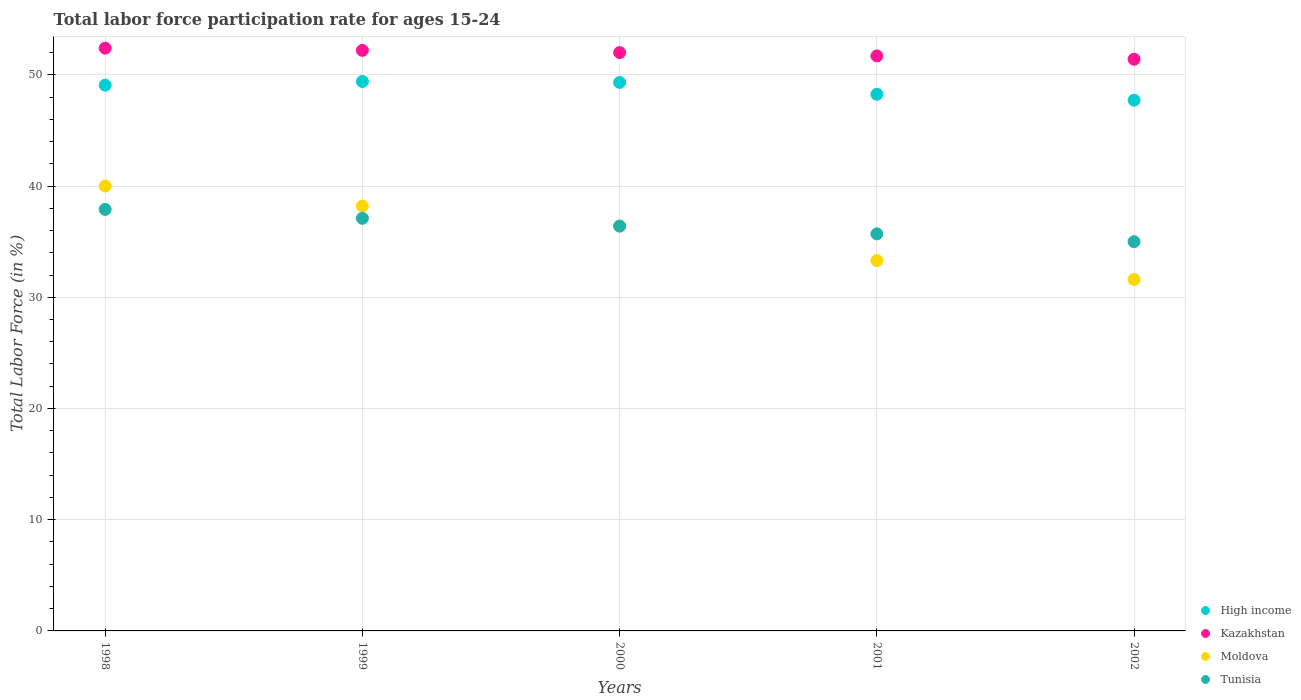
| Years | High income | Kazakhstan | Moldova | Tunisia |
 | --- | --- | --- | --- | --- |
 | 1998 | 49.1 | 52.4 | 40 | 37.9 |
 | 1999 | 49.4 | 52.2 | 38.2 | 37.1 |
 | 2000 | 49.3 | 52 | 36.4 | 36.4 |
 | 2001 | 48.3 | 51.7 | 33.3 | 35.7 |
 | 2002 | 47.7 | 51.4 | 31.6 | 35 |